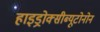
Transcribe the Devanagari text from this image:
हाइड्रोक्सीब्यूटोनोन